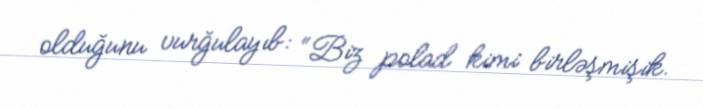
olduğunu vurğulayıb: “Biz polad kimi birləşmişik.